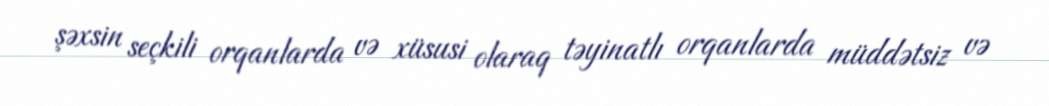
şəxsin seçkili orqanlarda və xüsusi olaraq təyinatlı orqanlarda müddətsiz və